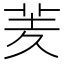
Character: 羐